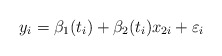
\begin{align*} y_i=\beta_1(t_i)+\beta_2(t_i)x_{2i}+\varepsilon_i\end{align*}